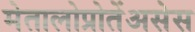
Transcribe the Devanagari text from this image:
मेतालोप्रोतेंअसेस